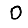
Digit: 0